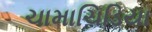
ચામાચિડિયા